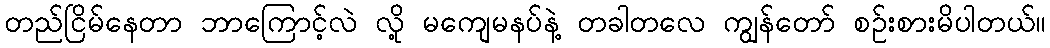
တည်ငြိမ်နေတာ ဘာကြောင့်လဲ လို့ မကျေမနပ်နဲ့ တခါတလေ ကျွန်တော် စဉ်းစားမိပါတယ်။